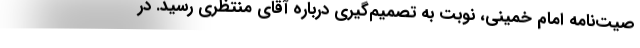
صیت‌نامه امام خمینی، نوبت به تصمیم‌گیری درباره آقای منتظری رسید. در